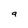
Character: a